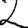
Digit: 2